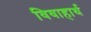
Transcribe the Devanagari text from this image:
विवाहार्थ